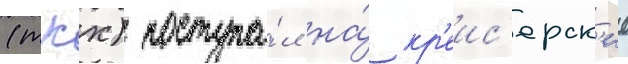
(ткх) поступа́л на́ кр'еис'ерск'ие